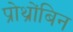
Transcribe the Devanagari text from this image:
प्रोथ्रोंबिन